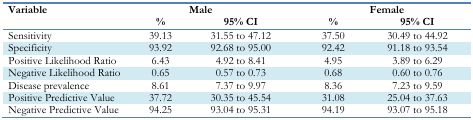
<table><thead><tr><td rowspan="2"><b>Variable</b></td><td colspan="2"><b>Male</b></td><td colspan="2"><b>Female</b></td></tr><tr><td><b>%</b></td><td><b>95% CI</b></td><td><b>%</b></td><td><b>95% CI</b></td></tr></thead><tbody><tr><td>Sensitivity</td><td>39.13</td><td>31.55 to 47.12</td><td>37.50</td><td>30.49 to 44.92</td></tr><tr><td>Specificity</td><td>93.92</td><td>92.68 to 95.00</td><td>92.42</td><td>91.18 to 93.54</td></tr><tr><td>Positive Likelihood Ratio</td><td>6.43</td><td>4.92 to 8.41</td><td>4.95</td><td>3.89 to 6.29</td></tr><tr><td>Negative Likelihood Ratio</td><td>0.65</td><td>0.57 to 0.73</td><td>0.68</td><td>0.60 to 0.76</td></tr><tr><td>Disease prevalence</td><td>8.61</td><td>7.37 to 9.97</td><td>8.36</td><td>7.23 to 9.59</td></tr><tr><td>Positive Predictive Value</td><td>37.72</td><td>30.35 to 45.54</td><td>31.08</td><td>25.04 to 37.63</td></tr><tr><td>Negative Predictive Value</td><td>94.25</td><td>93.04 to 95.31</td><td>94.19</td><td>93.07 to 95.18</td></tr></tbody></table>